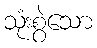
သုံးစွဲသော